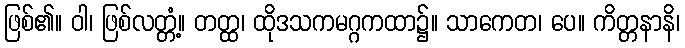
ဖြစ်၏။ ဝါ၊ ဖြစ်လတ္တံ့။ တတ္ထ၊ ထိုဒသကမဂ္ဂကထာ၌။ သာကေတ၊ ပေ။ ကိတ္တနာနိ၊